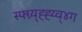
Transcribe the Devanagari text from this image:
स्फ्ग्र्य्ह्ह्य्व्४ग